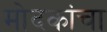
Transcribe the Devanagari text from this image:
मोदकांचा